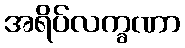
အရိပ်လက္ခဏာ